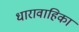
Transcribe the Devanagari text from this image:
धारावाहिका